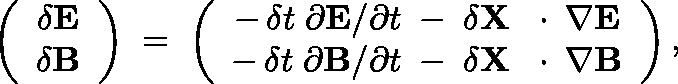
\left( \begin{array} { c } { \delta { \bf E } } \\ { \delta { \bf B } } \end{array} \right) \; = \; \left( \begin{array} { c } { - \, \delta t \; \partial { \bf E } / \partial t \; - \; \delta { \bf X } \, \mathrm { ~ \boldmath ~ \cdot ~ } \, \nabla { \bf E } } \\ { - \, \delta t \; \partial { \bf B } / \partial t \; - \; \delta { \bf X } \, \mathrm { ~ \boldmath ~ \cdot ~ } \, \nabla { \bf B } } \end{array} \right) ,